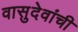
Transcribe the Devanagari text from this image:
वासुदेवांची